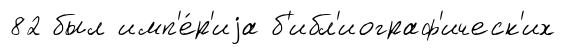
82 был имп'е́р'иjа б'ибл'иограф'ическ'их